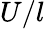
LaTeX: U/l